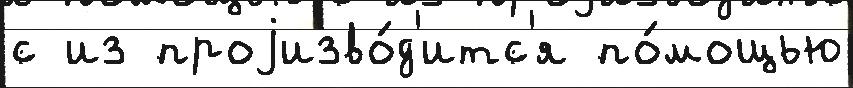
с из проjизво́д'итс'я по́мощью